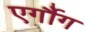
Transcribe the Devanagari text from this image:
एर्गौग